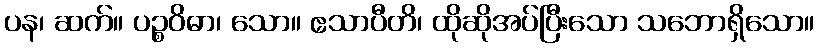
ပန၊ ဆက်။ ပဉ္စဝိဓာ၊ သော။ ဧသာပီတိ၊ ထိုဆိုအပ်ပြီးသော သဘောရှိသော။